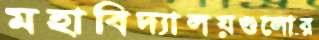
মহাবিদ্যালয়গুলোর